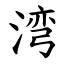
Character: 湾